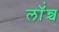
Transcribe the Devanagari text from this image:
लॉंन्च